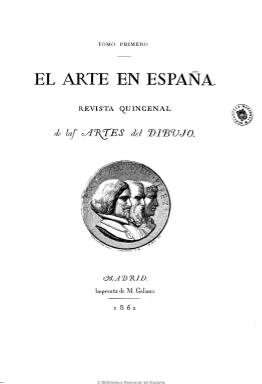
Título: El Arte en España (Madrid. 1862)
Colección: Arte
Ámbito geográfico: Madrid
Lugar de publicación: Madrid
Fechas: 01/01/1862-31/12/1869

Considerada como publicación fundamental del panorama artístico español, estuvo apareciendo durante el último tramo del periodo isabelino y los dos primeros años del sexenio democrático, dándose cita en sus páginas los principales historiadores, críticos y artistas (dibujantes, grabadores y litógrafos) españoles de aquélla época, bajo la dirección artística, literaria y tipográfica del historiador, periodista, político, crítico progresista y amigo de los pintores liberales españoles, Gregorio Cruzada Villaamil (1832-1884), descubridor de los cartones para los tapices de Goya y pionero en los estudios sobre Velázquez. La revista tendrá como objetivo el cultivo, fomento y difusión de los estudios de bellas artes (pintura, escultura y arquitectura) en España, publicando textos de gran interés historiográfico (García Melero, 2002), además de contribuir al impulso de la política de los poderes públicos en favor del patrimonio artístico y la enseñanza de las bellas artes en España. Como publicación ilustrada se distinguirá por sus magníficas litografías, grabados y aguafuertes, con dibujos, calcografías y reproducciones artísticas, contribuyendo de manera decisiva al desarrollo de estas técnicas.

Aparece en enero de 1862 con el subtítulo “revista quincenal de las artes del dibujo”, estampada en papel de hilo en la imprenta madrileña de M. Galiano, en entregas de paginación variada (al principio, de 28 páginas), compuestas a una columna y con grandes márgenes, que formarán tomos anuales, con foliación continuada. Al comienzo del tercero, Cruzada Villaamil (o Villamil) escribirá sobre la contribución de la revista al fomento de los estudios artísticos en general y a la ilustración del propio Gobierno en cuestiones de interés para el desarrollo de las artes y para el estímulo y recompensa de los dibujantes y artistas españoles en la recuperación del grabado al aguafuerte, que apenas se había cultivado desde los tiempos de Goya.

Los artífices de este periódico –así lo identifican ellos mismos- cuentan como protector con el infante don Sebastián Gabriel de Borbón y Braganza (1811-1875), que preside la junta directiva de la sociedad editora de la publicación, de la que será vicepresidente el citado Cruzada Villaamil, y como vocales los que también formarán parte de su cuadro de socios-colaboradores: Manuel Cañete, Guillermo Morphy, Isidoro Lozano, Germán Hernández Amores, Francisco Sans, José Vallejo, Carlos de Haes, Ignacio Suárez Llanos, Víctor Manzano, Ponciano Ponzano, Gerónimo de la Gándara, Domingo Martínez y Vicente Castelló. Como vocales-secretarios aparecen Enrique Mélida y Fernando Fernández de Velasco, y como administrador, José de Hoyos.

Entre los escritores e historiadores que publican sus trabajos en la revista se encuentran, además del propio Cruzada Villaamil, otros destacados historiadores del arte español como Aureliano Fernández-Guerra y Orbe (1816-1894), José Amador de los Ríos (1818-1878), Valentín Carderera (1796-1880), Pascual de Gayangos (1809-1897), Rafael Contreras, Tomás M. Garnacho, José de Manjarés, Ramón Sanjuamena y Nadal, José Fernández Giménez, Fernando Fernández de Velasco, Benito Vicens y Gil de Tejada, Florencio Janer, Miguel Morayta, Eduardo de Mier, José Godoy Alcántara, Jacobo Zobel de Zangroniz, Tomás Muñoz y Romero y José Pérez de Guzmán, entre otros.

Los trabajos versarán sobre el amplio panorama de las bellas artes en España y algunos estarán dedicados al arte de otros países, como Italia, especialmente de carácter histórico, pero también doctrinal, teórico y crítico. Se publican artículos sobre historia de la pintura en España y descripciones de las obras del Museo Nacional de Pintura y Escultura, sobre Berruguete, la arquitectura hispano-islámica, la militar de la edad media, la del Alcázar de Segovia o la de la ciudad de Tetuán, sobre la restauración de la catedral de León, las miniaturas de los manuscritos de las bibliotecas españolas, la galería de la Real Academia de San Fernando, así como sobre la Armería Real, la estatuaria de la monarquía visigoda, la colección de ochenta láminas grabadas al aguafuerte por Goya, sobre las exposiciones de Bellas Artes celebradas en el periodo, sobre documentos inéditos o publicará el discurso de José María Huet en la Academia de San Fernando, entre otros muchos textos.

Fuera de texto, publica numerosas láminas sueltas, tiradas en papel china y grabadas en metal, madera y boj, o litografiadas, y dentro de texto, viñetas e iniciales grabadas en boj. Entre sus autores se encuentran artistas tan significativos como los ya citados Haes, Lozano, Vallejo, así como Ceferino Araújo, Serafín de Avendano, Eduardo Cano, Juan García Martínez, Leonardo Alenza, Francisco Aznar, Rufino Casado, Valeriano Becker o Galván. Y entre los grabadores aparecen las firmas de Martín Rico, José Severini o Manchón, entre otras.

A partir del tercer año en publicación (1864), la revista modifica el subtítulo a “revista mensual de arte y de su historia”, adoptando esta periodicidad y disminuyendo su formato. Añade una sección consagrada a los descubrimientos históricos y arqueológicos pertenecientes al arte español, de la que se encarga Fernández-Guerra, y aumenta el número de sus textos, tratando también asuntos como la orfebrería, indumentaria o numismática, además de la paleografía.

La colección de este título está integrada por ocho tomos anuales. Según Hartzenbusch (1894), el primero es de 304 páginas foliadas; el segundo, de 308; el tercero, de 430; el cuarto, de 210; el quinto, de 164; el sexto, de 289; el séptimo, de 306, y el octavo, de 186 páginas. La última entrega corresponde a diciembre de 1870. Al final de cada tomo publica índices de materias, de ilustraciones y de autores, así como el listado de sus suscriptores. El infante don Sebastián tenía suscritos 25 ejemplares, y 58 el ministerio de Fomento, para su distribución en los establecimientos de Instrucción Pública. Además de en Madrid y provincias, la revista se podía suscribir en Paris y Nueva York.

También publicará a modo de suplemento mensual, desde el 20 de febrero de 1862 hasta el 15 de octubre de 1863, dieciocho entregas de Boletín de El arte en España, de cuatro páginas por número, título que también forma parte de la Hemeroteca Digital de la Biblioteca Nacional de España.